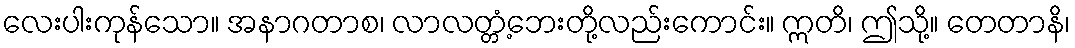
လေးပါးကုန်သော။ အနာဂတာစ၊ လာလတ္တံ့ဘေးတို့လည်းကောင်း။ ဣတိ၊ ဤသို့။ တေတာနိ၊